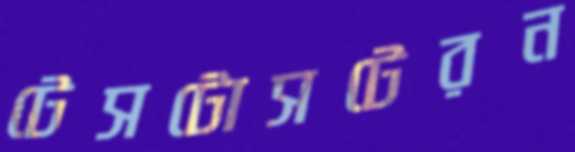
টেসটোসটেরন